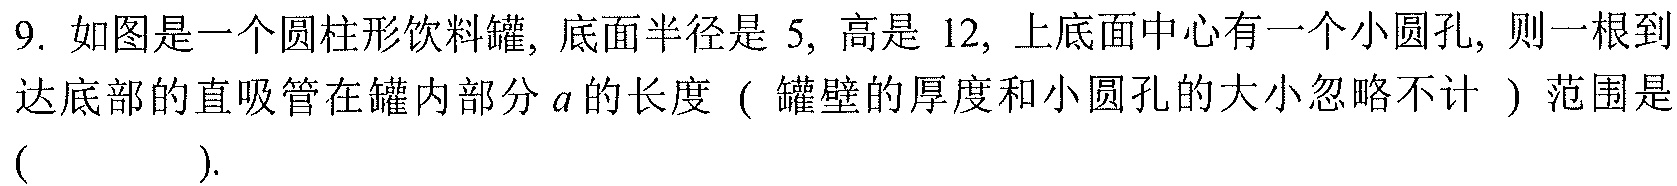
9. 如图是一个圆柱形饮料罐, 底面半径是\(5\), 高是\(12\), 上底面中心有一个小圆孔, 则一根到达底部的直吸管在罐内部分\(a\)的长度（罐壁的厚度和小圆孔的大小忽略不计 ）范围是(  ).